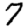
Digit: 7